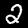
Label: 2